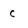
Character: c